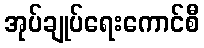
အုပ်ချုပ်ရေးကောင်စီ